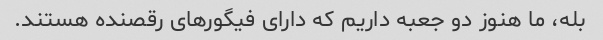
بله، ما هنوز دو جعبه داریم که دارای فیگورهای رقصنده هستند.